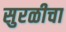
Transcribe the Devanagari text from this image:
सुरळीचा